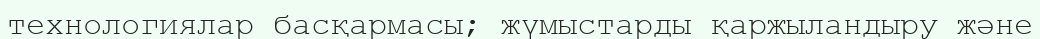
технологиялар басқармасы; жүмыстарды қаржыландыру және